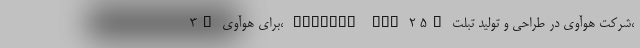
3C برای هوآوی، MatePad Pro 2 5G شرکت هوآوی در طراحی و تولید تبلت،